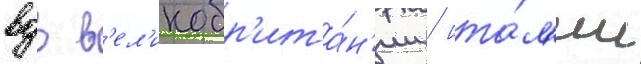
вдв в'ел'икобр'ита́н'ии / ита́л'ии